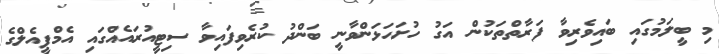
މި ބީލަމުގައި ބައިވެރިވާ ފަރާތްތަކުން އަގު ހުށަހަޅަންވާނީ ބަންދު ކުރެވިފައިވާ ސިޓީއުރައެއްގައި އެމްޕީއެލްގެ